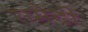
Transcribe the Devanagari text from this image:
समेदी